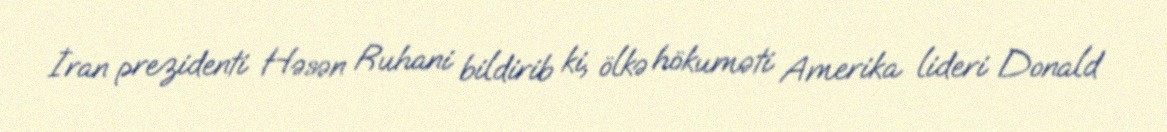
İran prezidenti Həsən Ruhani bildirib ki, ölkə hökuməti Amerika lideri Donald